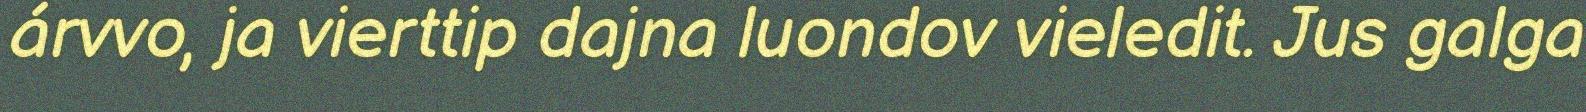
árvvo, ja vierttip dajna luondov vieledit. Jus galga